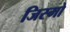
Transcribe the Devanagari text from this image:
जिस्मो